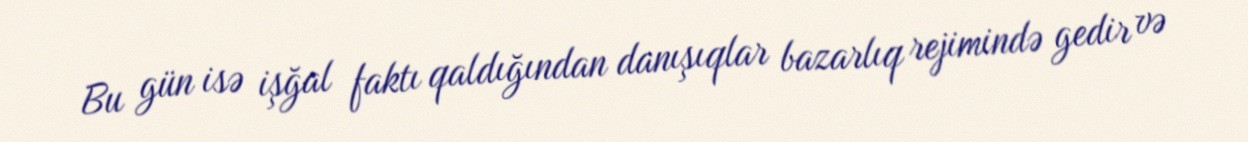
Bu gün isə işğal faktı qaldığından danışıqlar bazarlıq rejimində gedir və